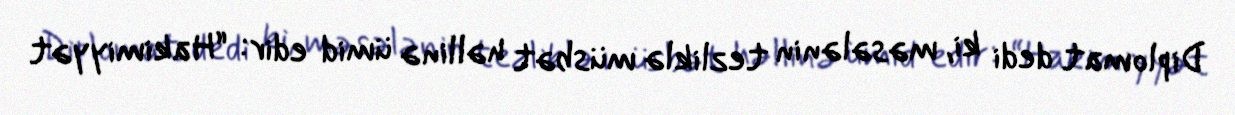
Diplomat dedi ki, məsələnin tezliklə müsbət həllinə ümid edir: “Hakimiyyət